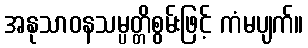
အနုသာဝနသမ္ပတ္တိစွမ်းဖြင့် ကံမပျက်။